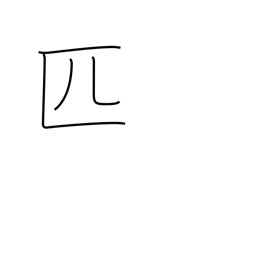
Meaning: roll of cloth